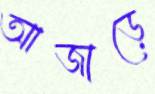
আজাড়ে